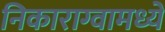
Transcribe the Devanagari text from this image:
निकाराग्वामध्ये